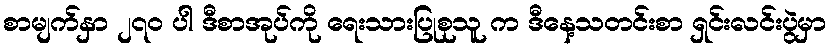
စာမျက်နှာ ၂၇၀ ပါ ဒီစာအုပ်ကို ရေးသားပြုစုသူ က ဒီနေ့သတင်းစာ ရှင်းလင်းပွဲမှာ